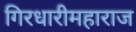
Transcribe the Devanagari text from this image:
गिरधारीमहाराज